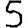
Digit: 5